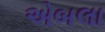
એબલા